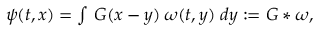
\begin{array} { r } { \psi ( t , x ) = \int \, G ( x - y ) \: \omega ( t , y ) \; d y : = G \ast \omega , } \end{array}